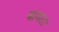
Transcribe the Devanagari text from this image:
बावटा